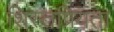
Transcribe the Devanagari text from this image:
शिस्तप्रियता